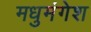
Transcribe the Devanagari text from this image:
मधुमंगेश